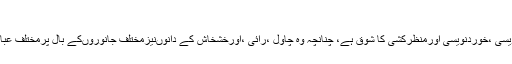
فنِ خطاطی قابلِ قراء ت ہو
سوال : کیافرماتے ہیں علماء دین اس مسئلہ کہ زید کوفن خوشنویسی ،خوردنویسی اورمنظرکشی کا شوق ہے، چنانچہ وہ چاول ،رائی ،اورخشخاش کے دانوںنیزمختلف جانوروںکے بال پرمختلف عبارتوںکوتحریر کرنے میںبڑی حدتک کامیابی حاصل کرلی ہے۔